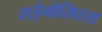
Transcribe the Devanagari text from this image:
राईनोसिरस